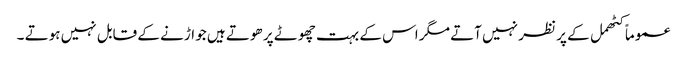
عموماً کٹھمل کے پر نظر نہیں آتے مگر اس کے بہت چھوٹے پر ھوتے ہیں جو اڑنے کے قابل نہیں ہوتے ۔